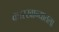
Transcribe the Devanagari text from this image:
कारखान्यातला